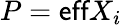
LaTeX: P=\textsf{eff}X_{i}